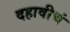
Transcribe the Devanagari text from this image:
दहावीचं